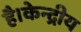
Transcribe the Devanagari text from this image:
है।केन्द्रीय